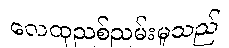
လေထုညစ်ညမ်းမှုသည်